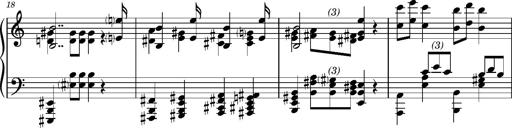
Title: RÃ¡kÃ³czi-Marsch, S.692d
Composer: Franz Liszt
Key: A minor